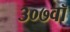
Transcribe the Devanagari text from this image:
३०७वॉ